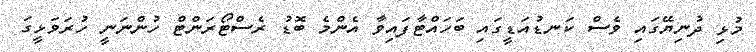
މުޅި ދުނިޔޭގައި ވެސް ކަނޑުއަޑީގައި ބަހައްޓާފައިވާ އެންމެ ބޮޑު ރެސްޓޯރަންޓް ހުންނަނީ ހުރަވަޅީގަ